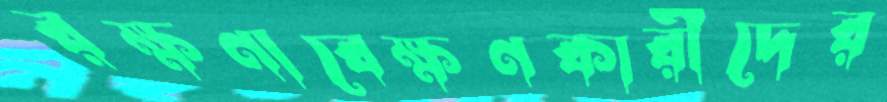
রক্ষণাবেক্ষণকারীদের